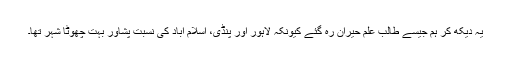
یہ دیکھ کر ہم جیسے طالب علم حیران رہ گئے کیونکہ لاہور اور پنڈی، اسلام آباد کی نسبت پشاور بہت چھوٹا شہر تھا۔